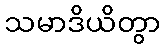
သမာဒိယိတွာ